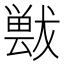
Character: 𱮤